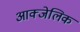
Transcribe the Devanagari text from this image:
आक्जेलिक